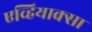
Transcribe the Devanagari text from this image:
एव्हियाक्सा